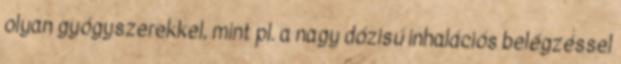
olyan gyógyszerekkel, mint pl. a nagy dózisú inhalációs belégzéssel